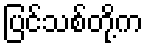
ပြင်သစ်တို့က